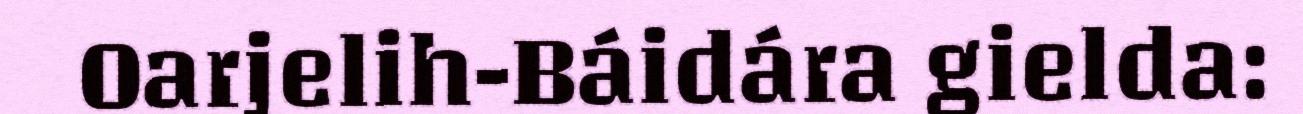
Oarjelih-Báidára gielda: